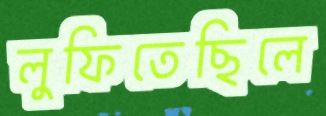
লুফিতেছিলে